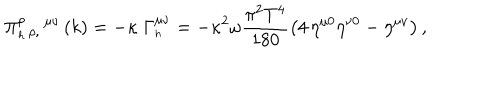
\Pi _ { _ h \, \rho , } ^ { \rho } \, ^ { \mu \nu } \left( k \right) = - \kappa \; \Gamma _ { _ h \, } ^ { \mu \nu } = - \kappa ^ { 2 } \omega \frac { \pi ^ { 2 } T ^ { 4 } } { 1 8 0 } \left( 4 \, \eta ^ { \mu 0 } \eta ^ { \nu 0 } - \eta ^ { \mu \nu } \right) ,